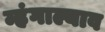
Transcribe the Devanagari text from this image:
म्हंगाल्याव